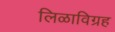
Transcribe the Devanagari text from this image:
लिळाविग्रह